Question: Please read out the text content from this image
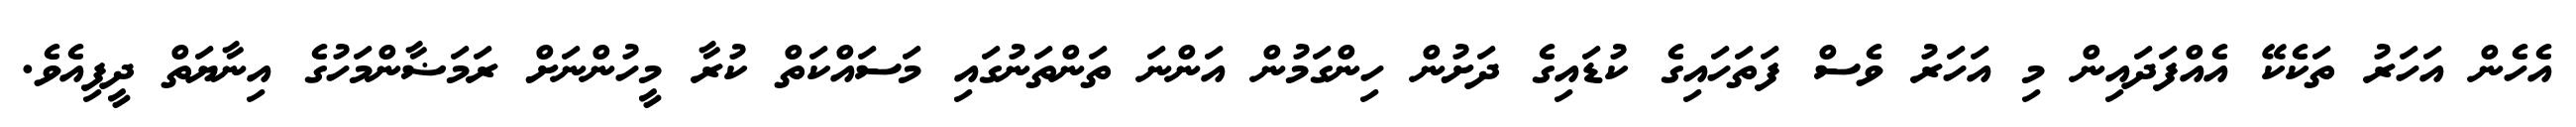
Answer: އެހެން އަހަރު ތަކެކޭ އެއްފަދައިން މި އަހަރު ވެސް ފަތަހައިގެ ކުޑައިގެ ދަށުން ހިންގަމުން އަންނަ ތަންތަނުގައި މަސައްކަތް ކުރާ މީހުންނަށް ރަމަޟާންމަހުގެ އިނާޔަތް ދީފިއެވެ.